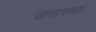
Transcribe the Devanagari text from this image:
जगाच्‍या